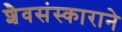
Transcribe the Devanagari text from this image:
शैवसंस्काराने